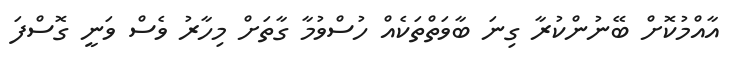
އާއްމުކޮށް ބޭނުންކުރާ ގިނަ ބާވަތްތަކެއް ހުސްވުމާ ގާތަށް މިހާރު ވެސް ވަނީ ގޮސްފަ